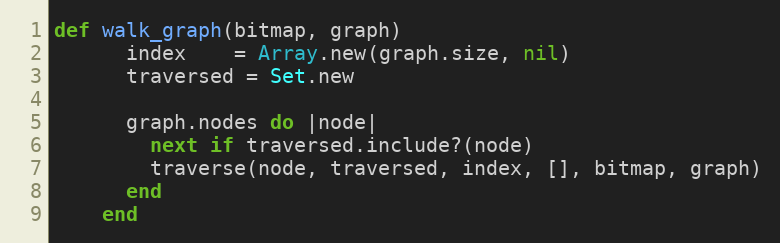
Language: Ruby
def walk_graph(bitmap, graph)
      index    = Array.new(graph.size, nil)
      traversed = Set.new

      graph.nodes do |node|
        next if traversed.include?(node)
        traverse(node, traversed, index, [], bitmap, graph)
      end
    end